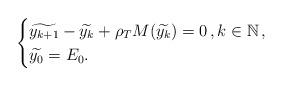
LaTeX: \begin{align*}\begin{cases} \widetilde{y_{k+1}}- \widetilde{y_k} + \rho_T M(\widetilde{y_k})=0\,, k \in \mathbb{N}\,,\\\widetilde{y_0}=E_0.\end{cases}\end{align*}